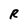
Character: R